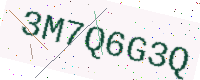
Text: 3M7Q6G3Q